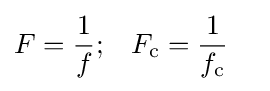
{\begin{aligned}F&={\frac {1}{f}};&F_{\text{c}}&={\frac {1}{f_{\text{c}}}}\end{aligned}}